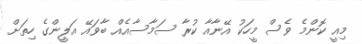
މިއީ ކޮންމެ ވެސް މީހަކު އޭނާއާ ކުރާ ސަމާސާއެއް ބާވައޭ އަލީންގެ ހިތަށް